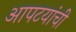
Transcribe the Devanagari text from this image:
आपटयांची